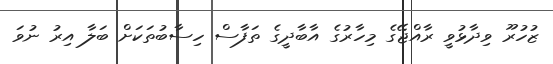
ޒުހުރޫ ވިދާޅުވީ ރާއްޖޭގެ މިހާރުގެ އާބާދީގެ ތަފާސް ހިސާބުތަކަށް ބަލާ އިރު ނުވަ